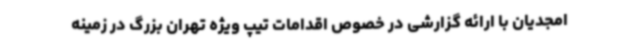
امجدیان با ارائه گزارشی در خصوص اقدامات تیپ ویژه تهران بزرگ در زمینه